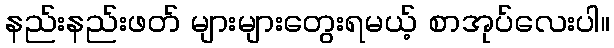
နည်းနည်းဖတ် များများတွေးရမယ့် စာအုပ်လေးပါ။